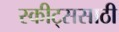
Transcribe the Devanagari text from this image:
स्कीट्ससाठी